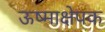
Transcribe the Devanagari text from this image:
ऊष्माक्षेपक